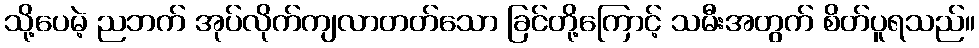
သို့ပေမဲ့ ညဘက် အုပ်လိုက်ကျလာတတ်သော ခြင်တို့ကြောင့် သမီးအတွက် စိတ်ပူရသည်။